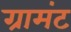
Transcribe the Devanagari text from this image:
ग्रामंट